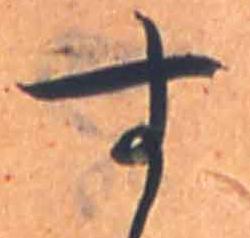
す